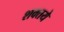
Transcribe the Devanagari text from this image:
शक्तये